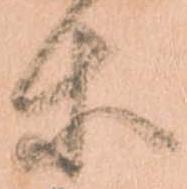
等